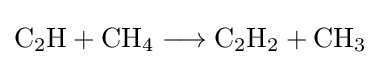
{\mathrm {C} {\vphantom {A}}_{\smash[{t}]{2}}\mathrm {H} {}+{}\mathrm {CH} {\vphantom {A}}_{\smash[{t}]{4}}{}\mathrel {\longrightarrow } {}\mathrm {C} {\vphantom {A}}_{\smash[{t}]{2}}\mathrm {H} {\vphantom {A}}_{\smash[{t}]{2}}{}+{}\mathrm {CH} {\vphantom {A}}_{\smash[{t}]{3}}}